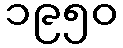
၁၉၅၀